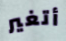
أتغير